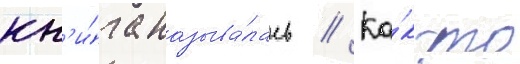
кн'и́га называ́лась // Ка́к-то